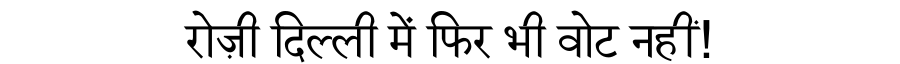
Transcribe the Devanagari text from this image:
रोज़ी दिल्ली में फिर भी वोट नहीं!